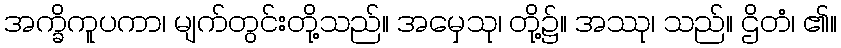
အက္ခိကူပကာ၊ မျက်တွင်းတို့သည်။ အမှေသု၊ တို့၌။ အဿု၊ သည်။ ဌိတံ၊ ၏။